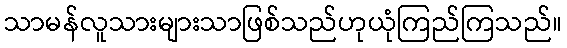
သာမန်လူသားများသာဖြစ်သည်ဟုယုံကြည်ကြသည်။